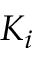
K _ { i }